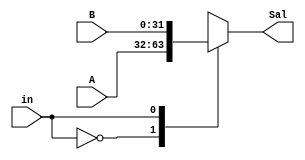
`timescale 1ns/1ns

module Mux2(
	input in,
	input [31:0]A,B,
	output reg[31:0]Sal
);

always @*
	case(in)
	
		1'b 0:
			begin
				Sal = A;
			end
			
		1'b 1:
			begin
				Sal = B;
			end
	
		endcase

endmodule